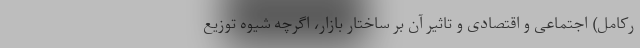
رکامل) اجتماعی و اقتصادی و تاثیر آن بر ساختار بازار، اگرچه شیوه توزیع